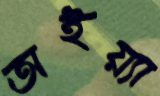
অইয়্যা